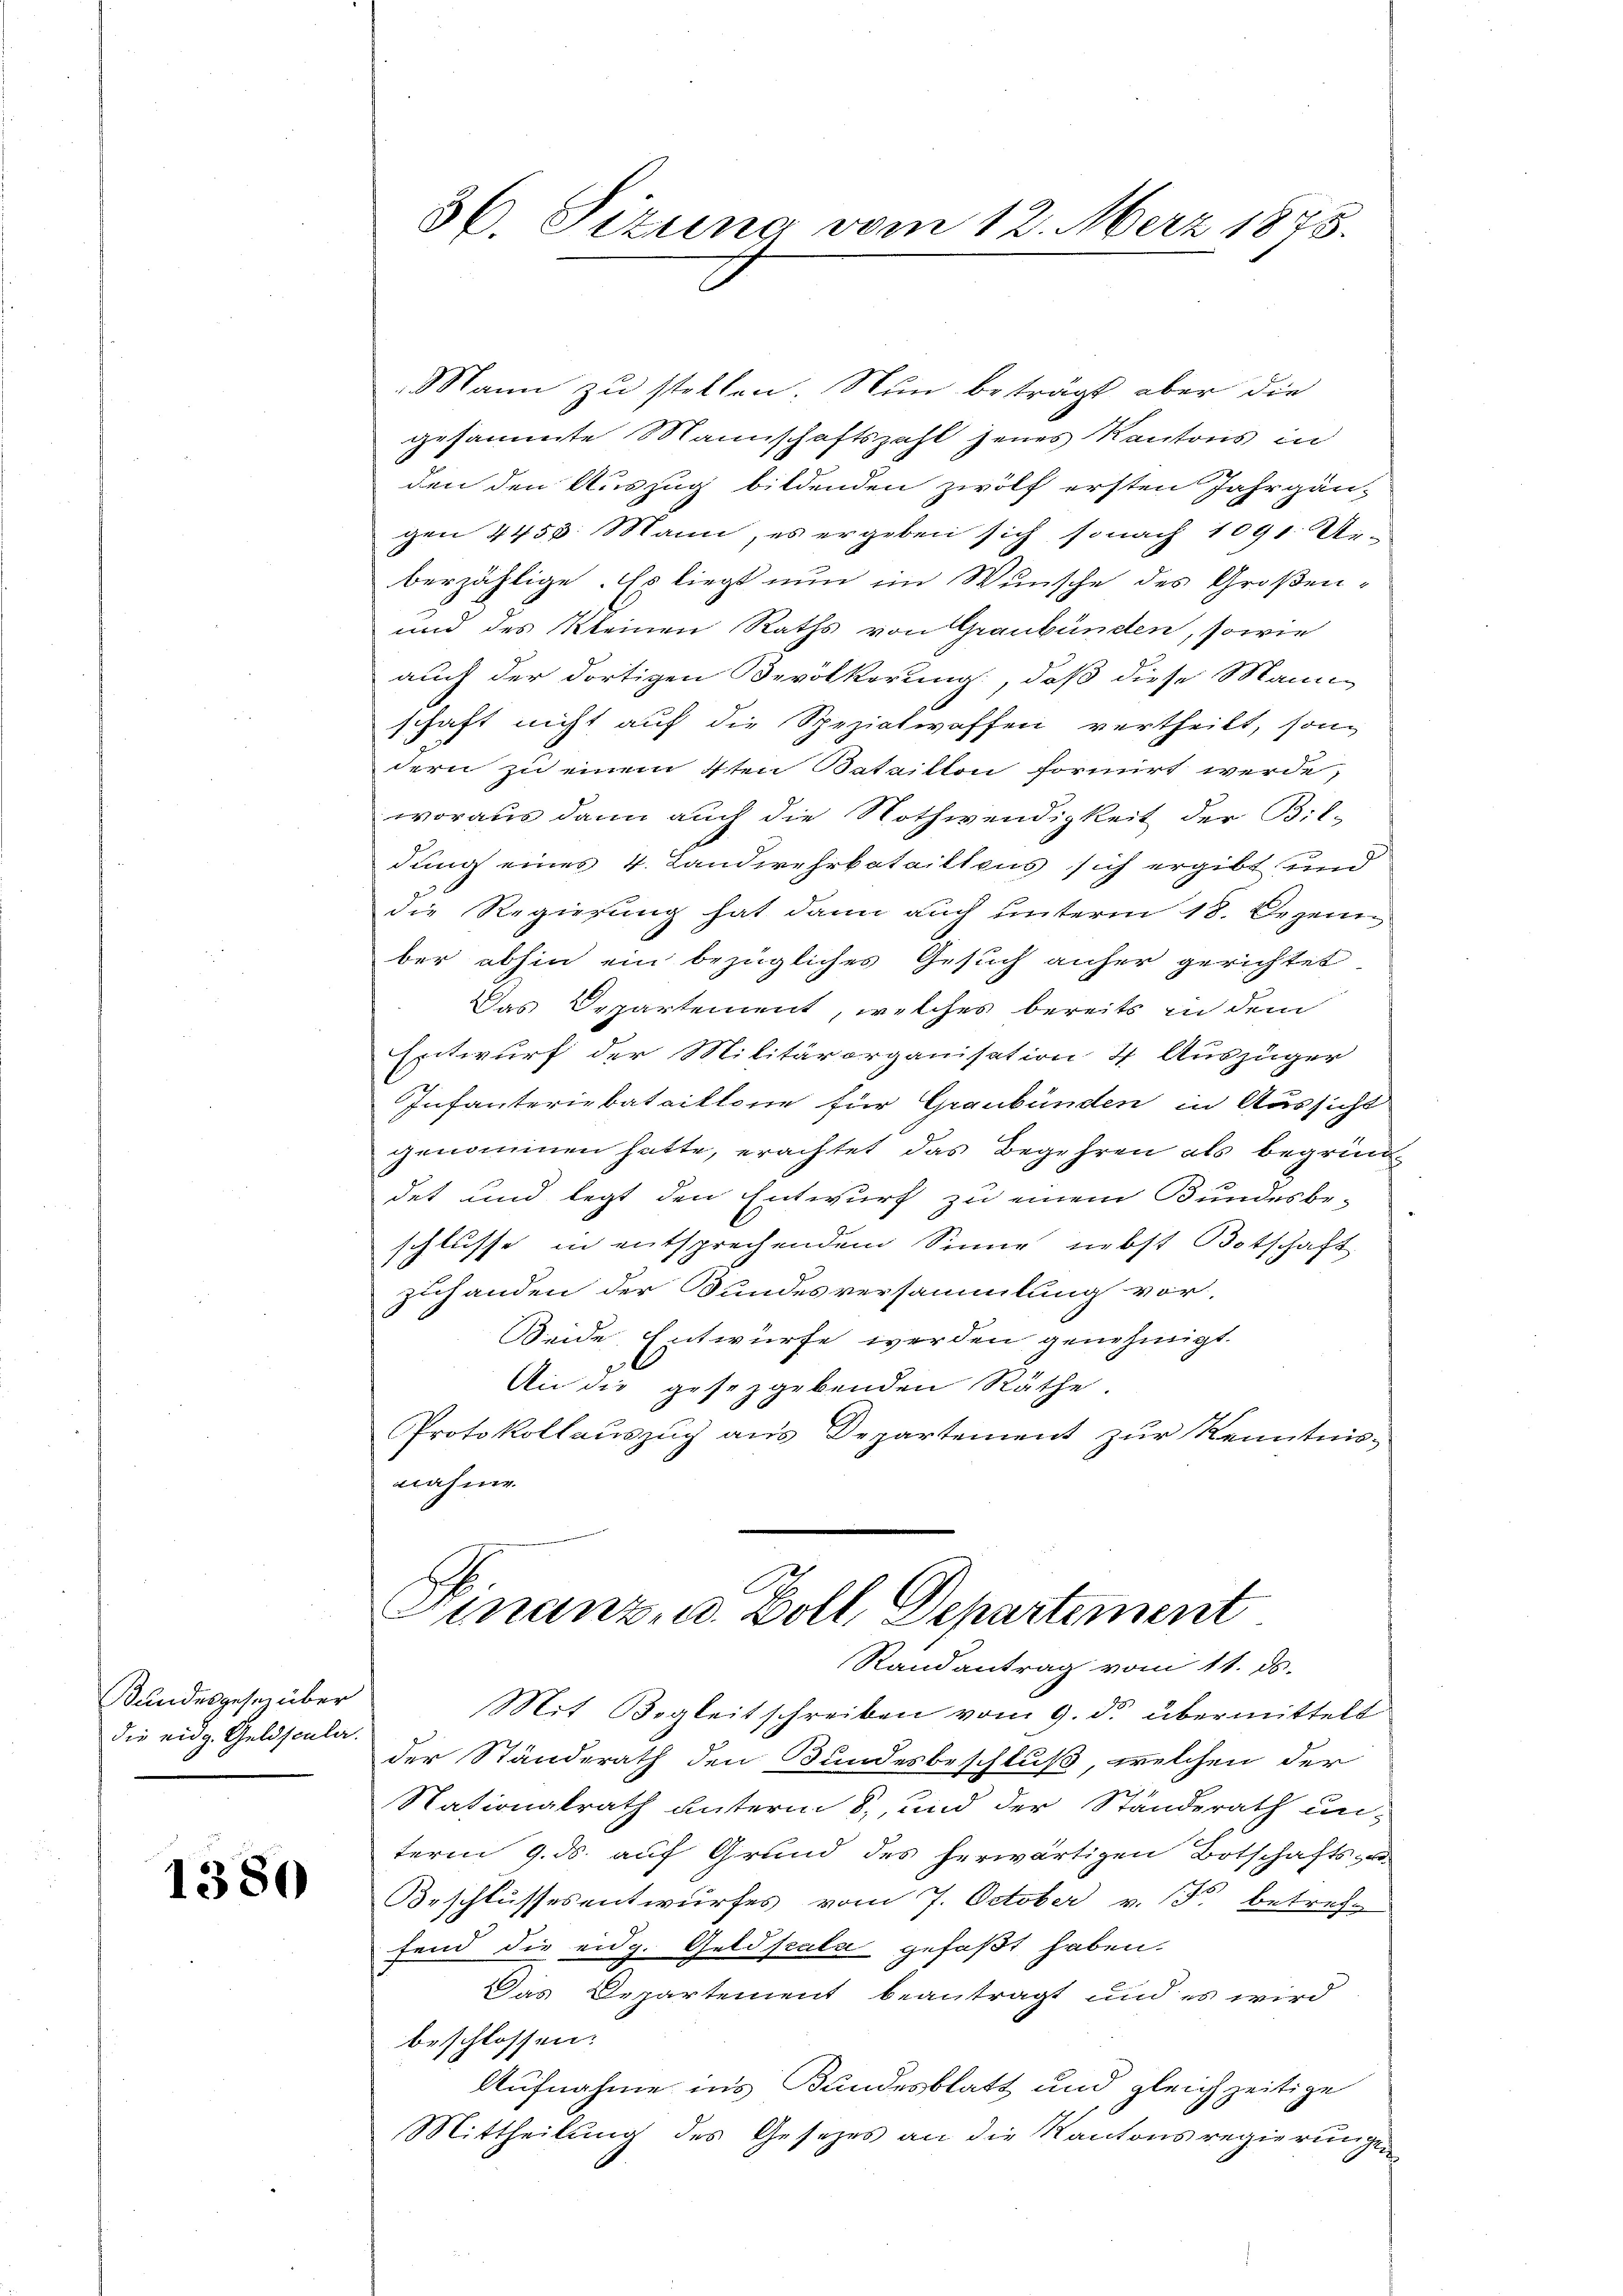
Bundesgesen über
die eidg. Geldscala.

1380

36. Sizung vom 12. März 1873.

Mann zu stellen. Nun betragt aber die
gesammte Mannschaftszahl jenes Kantons in
den den Auszug bildenden zwölf ersten Jahrgän-
gen 4458. Mann, es ergeben sich so nach 1091. i
berzählige. Es liegt nun im Wunsche des Großen¬
und des Kleinen Raths von Graubünden, sowie
auch der dortigen Bevölkerung, daß diese Mann-
schaft nicht auf die Spezialwaffen vertheilt, son
dern zu einem 4ten Bataillon formirt werde,
woraus dann auch die Nothwendigkeit der Bil-
dung eines 4. Landwehrbatailtens sich ergibt und
die Regierung hat dann auch unterm 18. Dezem
ber abhin ein bezügliches Gesuch anher gerichtet
Das Departement, welches bereits in dem
Entwurf der Militärorganisation 4 Auszüger
Infanteriebataillone für Graubünden in Aussicht
genommen hatte, erachtet das Begehren als begründ
det und legt den Entwurf zu einem Bundesbe-
schlusse in entsprechendem Sinne nebst Botschaft
zuhanden der Bundesversammlung vor,
Seide Entwürfe werden genehmigt.
An die gesetzgebenden Räthe.
PProtokollauszug aus Departement zur Kenntnisnahme.
s
Finanz- u. Boll, Departement
Randantrag vom 11. ds.
Mit Begleitschreiben vom 9. ds. übermittelt
der Ständerath den Bundesbeschluß, welchen der
Nationalrath unterm 8. und der Standerath unterm 9. ds. auf Grund des herwärtigen Botschafts-
Beschlussesentwurfes vom 7. October v. Fr. betref-
fend die eidg. Geldscala gefaßt haben.
Das Departement beantragt und es wird
beschlossen:
Aufnahme in’s Bandesblatt und gleichzeitige
Mittheilung des Gesetzes an die Kantonsregierungen